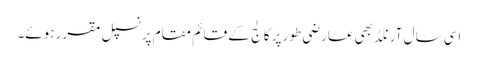
اسی سال آرنلڈ بھی عارضی طور پر کالج کے قائم مقام پرنسپل مقرر ہوئے۔